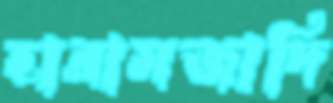
হারামজাদি